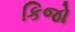
કિજો